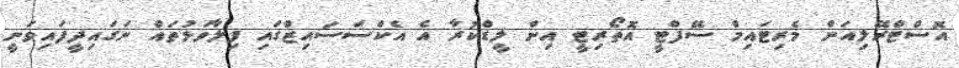
އޮސްޓްރޭލިއަން މެރިޓައިމް ސޭފްޓީ އޮތޯރިޓީ އިން ލީޑްކުރާ އެ އެކްސަސައިޒްގައި ފިލާވަޅުތައް ނަގައިދީފައިވަނީ